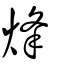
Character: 㷭